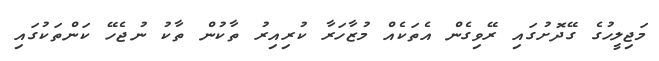
މަޖިލީހުގެ ގޭދޮށުގައި ރޭވިގެން އެތަކެއް މުޒާހަރާ ކުރިއިރު ތާކުން ތާކު ނުޖެހޭ ކަންތަކުގައި